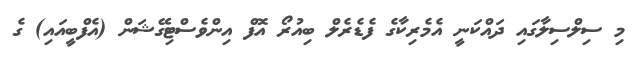
މި ސިލްސިލާގައި ދައްކަނީ އެމެރިކާގެ ފެޑެރެލް ބިއުރޯ އޮފް އިންވެސްޓިގޭޝަން (އެފްބީއައި) ގެ